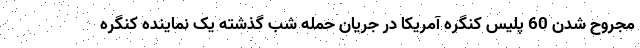
مجروح شدن 60 پلیس کنگره آمریکا در جریان حمله شب گذشته یک نماینده کنگره